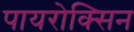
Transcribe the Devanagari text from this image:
पायरोक्सिन